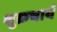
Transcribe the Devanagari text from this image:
शुक्रचार्य